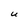
Character: U